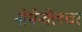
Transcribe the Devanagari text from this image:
नोमेन्क्लेचर